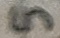
Text: 5